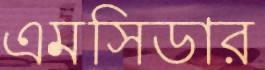
এমসিডার